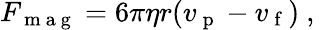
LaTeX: F_{\mathrm{~m~a~g~}}=6\pi\eta r(v_{\mathrm{~p~}}-v_{\mathrm{~f~}})\mathrm{~,~}